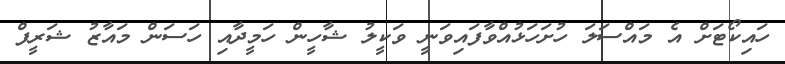
ހައިކޯޓަށް އެ މައްސަލަ ހުށަހަޅުއްވާފައިވަނީ ވަކީލު ޝާހީން ހަމީދާއި ހަސަން މައާޒު ޝަރީފް